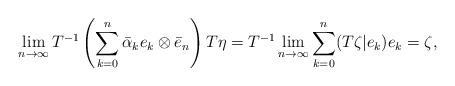
LaTeX: \begin{align*}\lim_{ n \rightarrow \infty} T^{-1} \left( \sum_{k=0}^{n} \bar{\alpha}_{k} e_{k} \otimes \bar{e}_{n} \right) T \eta = T^{-1} \lim_{ n \rightarrow \infty} \sum_{k=0}^{n} (T \zeta | e_{k}) e_{k} = \zeta, \end{align*}